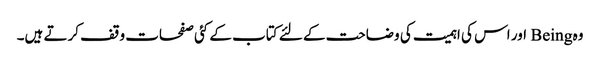
وہ Being اور اس کی اہمیت کی وضاحت کے لئے کتاب کے کئی صفحات وقف کرتے ہیں۔